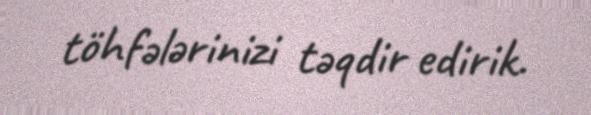
töhfələrinizi təqdir edirik.